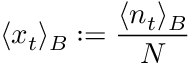
\langle x _ { t } \rangle _ { B } : = \frac { \langle n _ { t } \rangle _ { B } } { N }